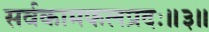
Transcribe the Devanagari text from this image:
सर्वकामफलप्रदः॥३॥